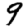
Digit: 9